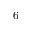
6